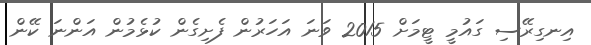
އިނގިރޭސި ގައުމީ ޓީމަށް 2015 ވަނަ އަހަރުން ފެށިގެން ކުޅެމުން އަންނަ ކޭން